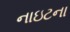
નાઇટના